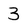
Character: 3